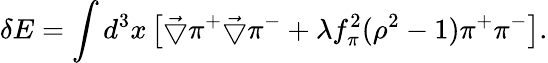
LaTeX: \delta E=\int d^{3}x\left[\vec{\bigtriangledown}\pi^{+}\vec{\bigtriangledown}\pi^{-}+\lambda f_{\pi}^{2}(\rho^{2}-1)\pi^{+}\pi^{-}\right].